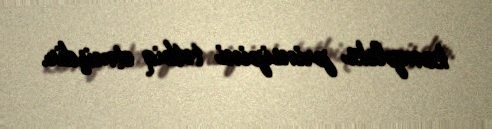
kompleks prinsipini tətbiq etmişdir.